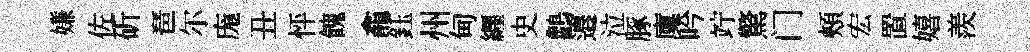
嫌佐斫琶尔庬丑怦餽龕鈺州甸纒史鸛邉泣䐁廩吟竚驚门頰宏置嬉羨